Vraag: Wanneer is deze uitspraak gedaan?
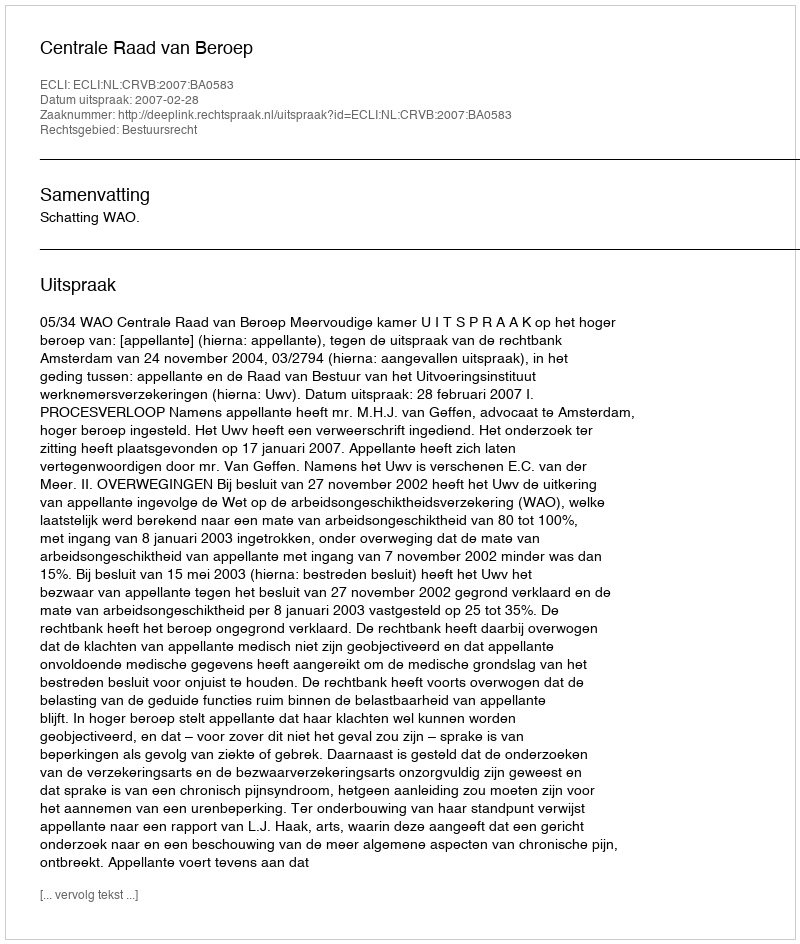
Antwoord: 2007-02-28